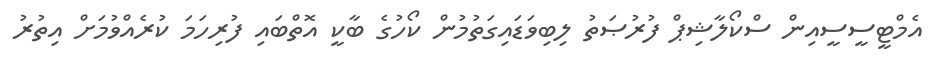
އެމްޓީސީސީއިން ސްކޯލާޝިޕް ފުރުޞަތު ލިބިވަޑައިގަތުމުން ކޯހުގެ ބާކީ އޮތްބައި ފުރިހަމަ ކުރެއްވުމަށް އިތުރު